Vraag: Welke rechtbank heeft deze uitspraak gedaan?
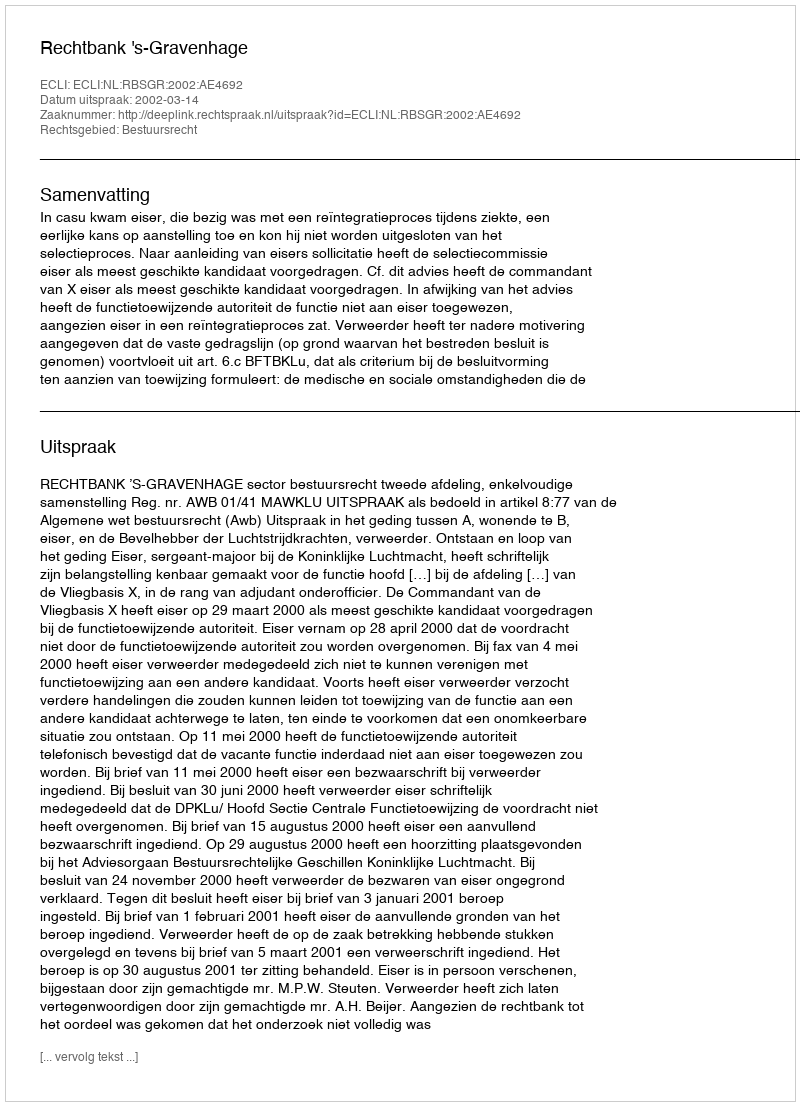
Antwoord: Rechtbank 's-Gravenhage